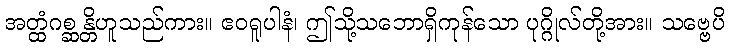
အတ္ထံဂစ္ဆန္တိဟူသည်ကား။ ဧဝရူပါနံ၊ ဤသို့သဘောရှိကုန်သော ပုဂ္ဂိုလ်တို့အား။ သဗ္ဗေပိ